Vaccination report Assam 1874-1896 - 1874-1896
Year: 1874
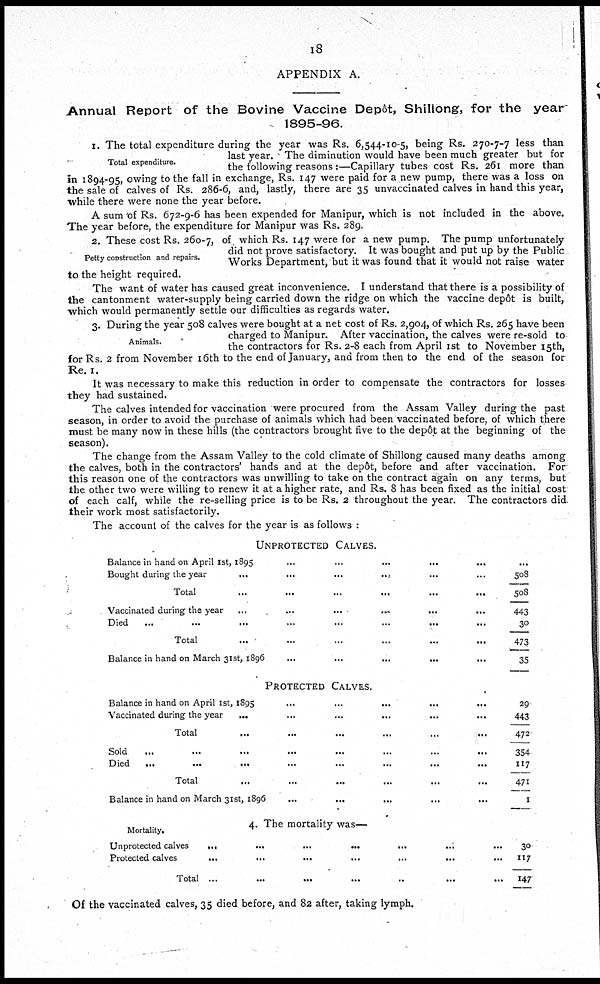
18
APPENDIX A.
Annual Report of the Bovine Vaccine Depôts Shillong, for the year
1895-96.
Total expenditure.
1. The total expenditure during the year was Rs. 6,544-10-5, being Rs. 270-7-7 less than
last year. The diminution would have been much greater but for
the following reasons:—Capillary tubes cost Rs. 261 more than
in 1894-95, owing to the fall in exchange, Rs. 147 were paid for a new pump, there was a loss on
the sale of calves of Rs. 286-6, and, lastly, there are 35 unvaccinated calves in hand this year,
while there were none the year before.
Petty construction and repairs.
A sum of Rs. 672-9-6 has been expended for Manipur, which is not included in the above.
The year before, the expenditure for Manipur was Rs. 289.
2. These cost Rs. 260-7, of. which Rs. 147 were for a new pump. The pump unfortunately
did not prove satisfactory. It was bought and put up by the Public
Works Department, but it was found that it would not raise water
to the height required.
The want of water has caused great inconvenience. I understand that there is a possibility of
the cantonment water-supply being carried down the ridge on which the vaccine depôt is built,
which would permanently settle our difficulties as regards water.
Animals.
3. During the year 508 calves were bought at a net cost of Rs. 2,904, of which Rs. 265 have been
charged to Manipur. After vaccination, the calves were re-sold to
the contractors for Rs. 2-8 each from April 1st to November 15th,
for Rs. 2 from November 16th to the end of January, and from then to the end of the season for
Re. 1.
It was necessary to make this reduction in order to compensate the contractors for losses
they had sustained.
The calves intended for vaccination were procured from the Assam Valley during the past
season, in order to avoid the purchase of animals which had been vaccinated before, of which there
must be many now in these hills (the contractors brought five to the depôt at the beginning of the
season).
The change from the Assam Valley to the cold climate of Shillong caused many deaths among
the calves, both in the contractors' hands and at the depôt, before and after vaccination. For
this reason one of the contractors was unwilling to take on the contract again on any terms, but
the other two were willing to renew it at a higher rate, and Rs. 8 has been fixed as the initial cost
of each calf, while the re-selling price is to be Rs. 2 throughout the year. The contractors did
their work most satisfactorily.
The account of the calves for the year is as follows :
UNRPOTECTED CALVES.
Balance in hand on April 1st, 1895
...
...
...
... ...
Bought during the year
...
...
...
... ... ...
Total ... ... ... ... ... ...
Vaccinated during the year
...
...
...
...
...
...
Died ... ... ... ... ... ... ... ...
Total ... ... ... ... ... ...
Balance in hand on March 31st, 1896
...
...
...
...
...
...
508
508
443
30
473
35
PROTECTED CALVES.
Balance in hand on April 1st, 1895
...
...
... ... ...
Vaccinated during the year ... ... ... ... ... ...
Total ... ... ... ... ... ...
Sold ... ... ... ... ... ... ... ...
Died
...
...
... ... ... ... ... ...
Total ... ... ... ... ... ...
Balance in hand on March 31st, 1896
...
...
...
...
...
4. The mortality was—
Mortality.
Unprotected calves
...
...
...
...
...
...
...
Protected calves
...
...
...
...
...
... ...
Total
...
...
...
.. ...
...
...
29
443
472
354
117
471
1
30
117
147
Of the vaccinated calves, 35 died before, and 82 after, taking lymph.